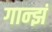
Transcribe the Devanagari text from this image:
गान्झं